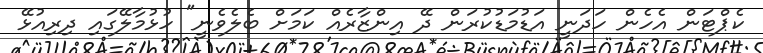
ކެޕްޓަން އެހެން ހަދަނީ އަޑުމަޑުކުރަން ދޭ އިންޒާރެއް ކަމަށް ބެލެވެނީ" ހުޅުމާލޭގައި ދިރިއުޅޭ